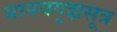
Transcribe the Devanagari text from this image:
मानवगृह्यसूत्र